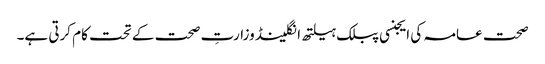
صحت عامہ کی ایجنسی پبلک ہیلتھ انگلینڈ وزارتِ صحت کے تحت کام کرتی ہے۔